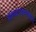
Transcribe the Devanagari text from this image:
संस्थाचालकांना